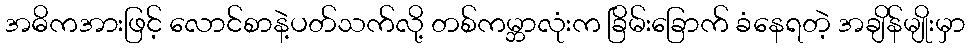
အဓိကအားဖြင့် လောင်စာနဲ့ပတ်သက်လို့ တစ်ကမ္ဘာလုံးက ခြိမ်းခြောက် ခံနေရတဲ့ အချိန်မျိုးမှာ